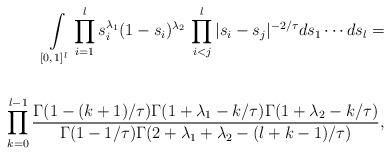
LaTeX: \begin{align*}\int\limits_{[0,\,1]^l} \prod_{i=1}^l s_i^{\lambda_1}(1-s_i)^{\lambda_2}\, \prod\limits_{i<j}^l |s_i-s_j|^{-2/\tau} ds_1\cdots ds_l = \\ \\ \prod_{k=0}^{l-1}\frac{\Gamma(1-(k+1)/\tau)\Gamma(1+\lambda_1-k/\tau)\Gamma(1+\lambda_2-k/\tau)}{\Gamma(1-1/\tau)\Gamma(2+\lambda_1+\lambda_2-(l+k-1)/\tau)}, \end{align*}